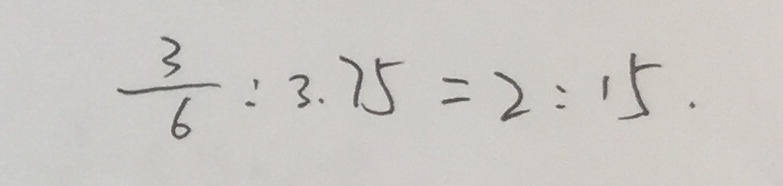
\frac { 3 } { 6 } : 3 . 7 5 = 2 : 1 5 .